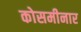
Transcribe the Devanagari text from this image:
कोसमीनार